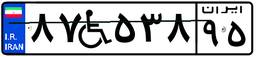
۸۷W۵۳۸۹۵